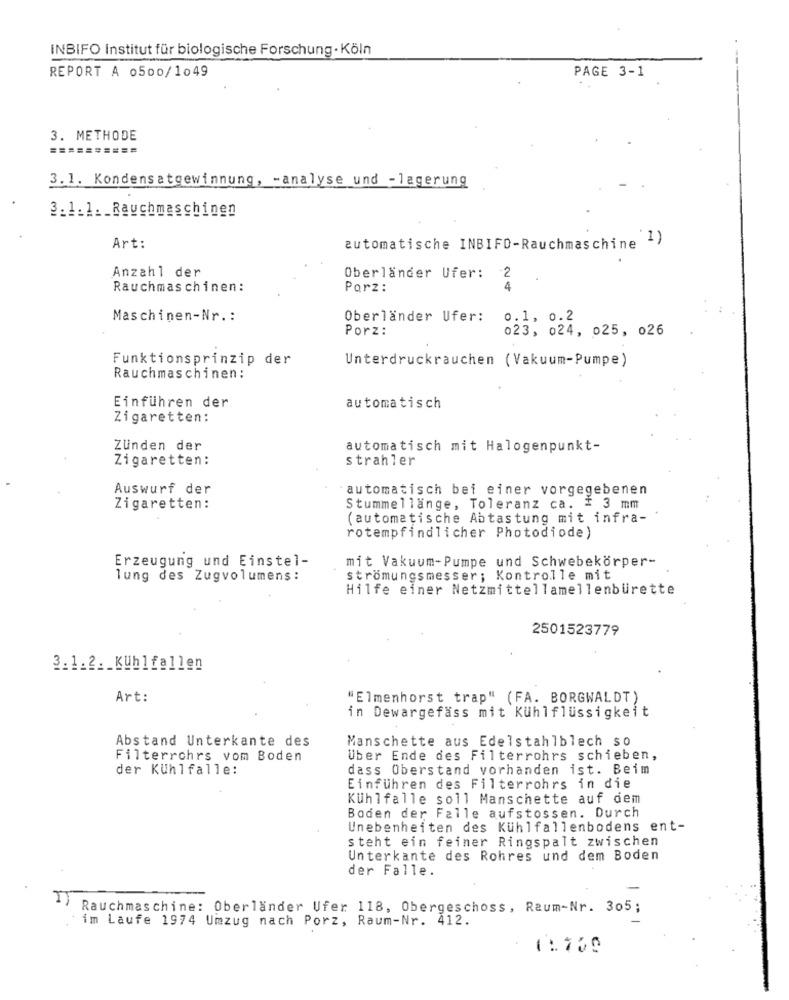
INBIFO Institut für biologische Forschung· Köln
REPORT A 0500/1049
PAGE 3-1
3. METHODE
==========
3.1. Kondensatgewinnung, - analyse und -lagerung
3.1.1. Rauchmaschinen
Art:
automatische INBIFO-Rauchmaschine 1)
Anzahl der
Oberlander Ufer:
2
Rauchmaschinen:
Parz:
4
Maschinen-Nr .:
Oberländer Ufer:
0.1, 0.2
Porz:
023, 024, 025, 026
Funktionsprinzip der
Unterdruckrauchen (Vakuum-Pumpe)
Rauchmaschinen:
Einführen der
automatisch
Zigaretten:
Zünden der
automatisch mit Halogenpunkt-
Zigaretten:
strahler
Auswurf der
automatisch bei einer vorgegebenen
Zigaretten:
Stummellänge, Toleranz ca. # 3 mm
(automatische Abtastung mit infra-
rotempfindlicher Photodiode)
Erzeugung und Einstel-
mit Vakuum-Pumpe und Schwebekörper-
lung des Zugvolumens:
strömungsmesser; Kontrolle mit
Hilfe einer Netzmittellamellenburette
2501523779
3.1.2. KUhlfallen
Art:
"Elmenhorst trap" (FA. BORGWALDT)
in Dewargefäss mit Kühlflüssigkeit
Abstand Unterkante des
Manschette aus Edelstahlblech so
Filterrohrs vom Boden
Uber Ende des Filterrohrs schieben,
der Kühlfalle:
dass Oberstand vorhanden ist. Beim
Einführen des Filterrohrs in die
Kühlfalle soll Manschette auf dem
Boden der Falle aufstossen. Durch
Unebenheiten des Kühlfallenbodens ent-
steht ein feiner Ringspalt zwischen
Unterkante des Rohres und dem Boden
der Falle.
Rauchmaschine: Oberlander Ufer 118, Obergeschoss, Raum-Nr. 305;
im Laufe 1974 Umzug nach Porz, Raum-Nr. 412.